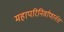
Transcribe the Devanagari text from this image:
महापरिनिर्वाणानंत